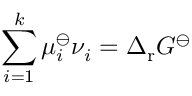
\sum _ { i = 1 } ^ { k } \mu _ { i } ^ { \ominus } \nu _ { i } = \Delta _ { \mathrm { r } } G ^ { \ominus }